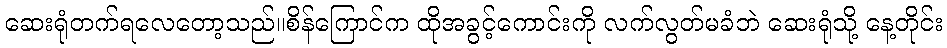
ဆေးရုံတက်ရလေတော့သည်။စိန်ကြောင်က ထိုအခွင့်ကောင်းကို လက်လွတ်မခံဘဲ ဆေးရုံသို့ နေ့တိုင်း